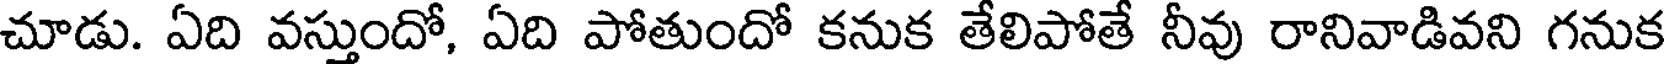
చూడు. ఏది వస్తుందో, ఏది పోతుందో కనుక తేలిపోతే నీవు రానివాడివని గనుక